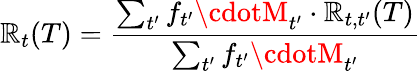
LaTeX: \mathbb{R}_{t}(T)=\frac{{\sum_{t^{\prime}}f_{t^{\prime}}\cdotM_{t^{\prime}}\cdot\mathbb{R}_{t,t^{\prime}}(T)}}{{\sum_{t^{\prime}}f_{t^{\prime}}\cdotM_{t^{\prime}}}}